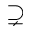
\supsetneq